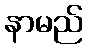
နာမည်